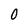
Character: 0